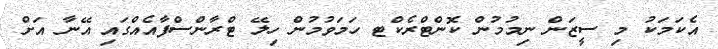
އެކަމަކު މި ސީޒަން ނިމުމުން ކޮންޓްރެކްޓ ހަމަވުމުން ހިލޭ ޓްރާންސްފާއެއްގައި އޭނާ އަށް